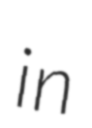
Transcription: in